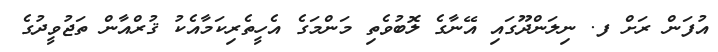
އުފަން ރަށް ފ. ނިލަންދޫގައި އޭނާގެ ލޮބުވެތި މަންމަގެ އެހީތެރިކަމާއެކު ޤުރްއާން ތަޖުވީދުގެ